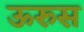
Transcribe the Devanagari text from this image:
ऊरुस